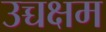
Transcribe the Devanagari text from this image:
उच्चक्षम